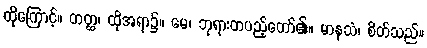
ထိုကြောင့်။ တတ္ထ၊ ထိုအရာ၌။ မေ၊ ဘုရားတပည့်တော်၏။ မာနသံ၊ စိတ်သည်။